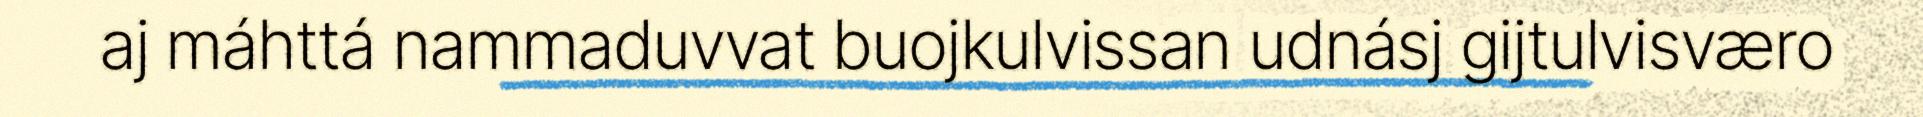
aj máhttá nammaduvvat buojkulvissan udnásj gijtulvisværo